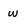
Character: W